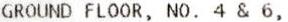
GROUND FLOOR, NO. 4 & 6,